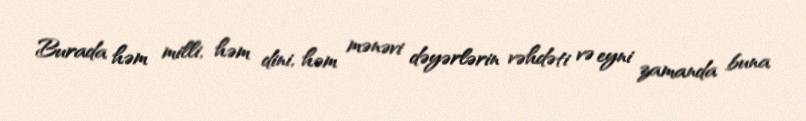
Burada həm milli, həm dini, həm mənəvi dəyərlərin vəhdəti və eyni zamanda buna